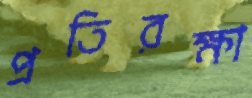
প্রতিরক্ষা